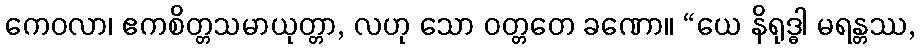
ကေဝလာ၊ ဧကစိတ္တသမာယုတ္တာ, လဟု သော ဝတ္တတေ ခဏော။ “ယေ နိရုဒ္ဓါ မရန္တဿ,